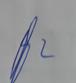
Signature authenticity: genuine